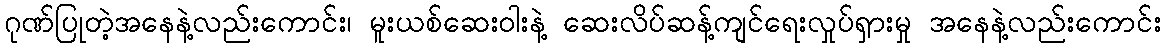
ဂုဏ်ပြုတဲ့အနေနဲ့လည်းကောင်း၊ မူးယစ်ဆေးဝါးနဲ့ ဆေးလိပ်ဆန့်ကျင်ရေးလှုပ်ရှားမှု အနေနဲ့လည်းကောင်း